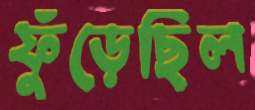
ফুঁড়েছিল